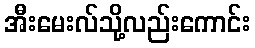
အီးမေးလ်သို့လည်းကောင်း